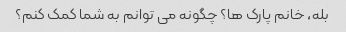
بله، خانم پارک ها؟ چگونه می توانم به شما کمک کنم؟